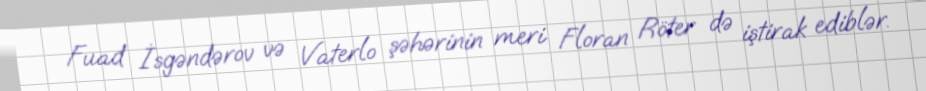
Fuad İsgəndərov və Vaterlo şəhərinin meri Floran Röter də iştirak ediblər.